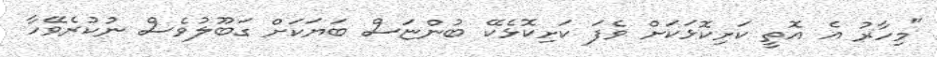
"މިހާރު އެ އޮތީ ކަށިކޮޅަކަށް ވެފަ ކަށިކޮޅެކޭ ބުންޏަސް ބަޔަކަށް ގަބޫލުވެސް ނުކުރެވޭހާ